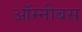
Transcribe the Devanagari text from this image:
ऑम्नीबस